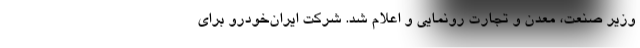
وزیر صنعت، معدن و تجارت رونمایی و اعلام شد. شرکت ایران‌خودرو برای